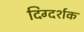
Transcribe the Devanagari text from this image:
दिग्‍दर्शक